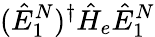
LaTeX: (\hat{E}_{1}^{N})^{\dagger}\hat{H}_{e}\hat{E}_{1}^{N}